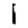
Digit: 1